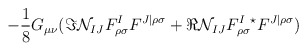
\begin{align*}- \frac{1}{8} G_{\mu \nu} ( \Im {\cal N}_{IJ} F^I_{\rho \sigma } F^{J|\rho \sigma}+ \Re {\cal N}_{IJ} F^I_{\rho \sigma} {}^{\star}F^{J|\rho \sigma } )\end{align*}